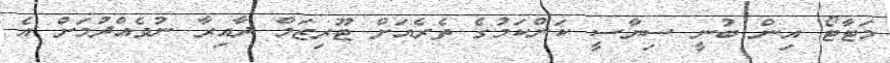
މަޓާޓޯ އިން ބުނީ ސިޔާސީ ކަންކަމުގެ ތެރެއަށް ޓޫރިޒަމް ދާއިރާ ނުވެއްދުމަށް އެ